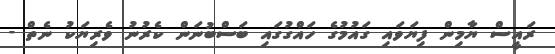
ރައީސް ޔާމިން ފިޔަވައި ގައުމުގެ ހައްގުގައި ބަސްބުނަން ކެރުނު ވެރިޔަކު ނެތް -